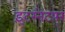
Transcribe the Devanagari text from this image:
इंटरनेटपर